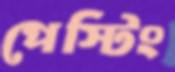
পেস্টিং